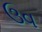
ઉવ